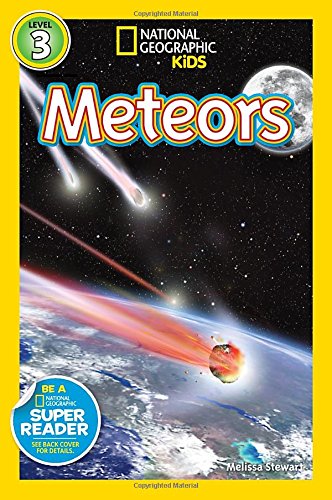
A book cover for National Geographic Readers: Meteors; Melissa Stewart; Children's Books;